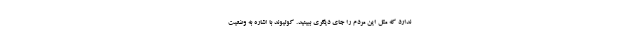
ندارد که مثل این مردم را جای دیگری ببینید. کولیوند با اشاره به وضعیت